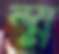
স্ম